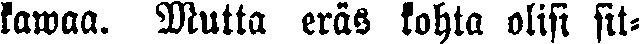
kawaa. Mutta eräs kohta olisi sit-